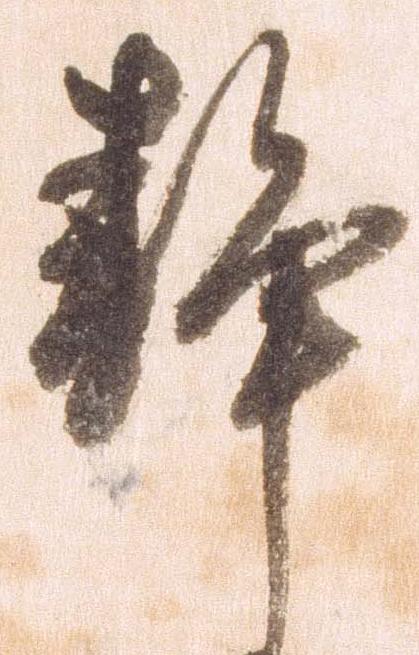
静